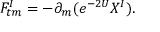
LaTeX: F _ { t m } ^ { I } = - \partial _ { m } ( e ^ { - 2 U } X ^ { I } ) .